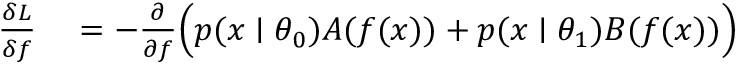
\begin{array} { r l } { \frac { \delta L } { \delta f } } & { { } = - \frac { \partial } { \partial f } \Big ( p ( x \mid \theta _ { 0 } ) A ( f ( x ) ) + p ( x \mid \theta _ { 1 } ) B ( f ( x ) ) \Big ) } \end{array}